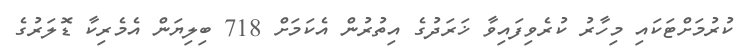
ކުރުމަށްޓަކައި މިހާރު ކުރެވިފައިވާ ޚަރަދުގެ އިތުރުން އެކަމަށް 718 ބިލިޔަން އެމެރިކާ ޑޮލަރުގެ